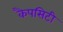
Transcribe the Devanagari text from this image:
कैपसिटी